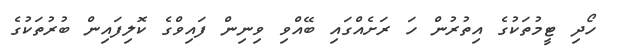
ހޯދި ޓީމުތަކުގެ އިތުރުން ހަ ރަށެއްގައި ބޭއްވި ވިނިން ފައިވްގެ ކޮލިފައިން ބުރުތަކުގެ